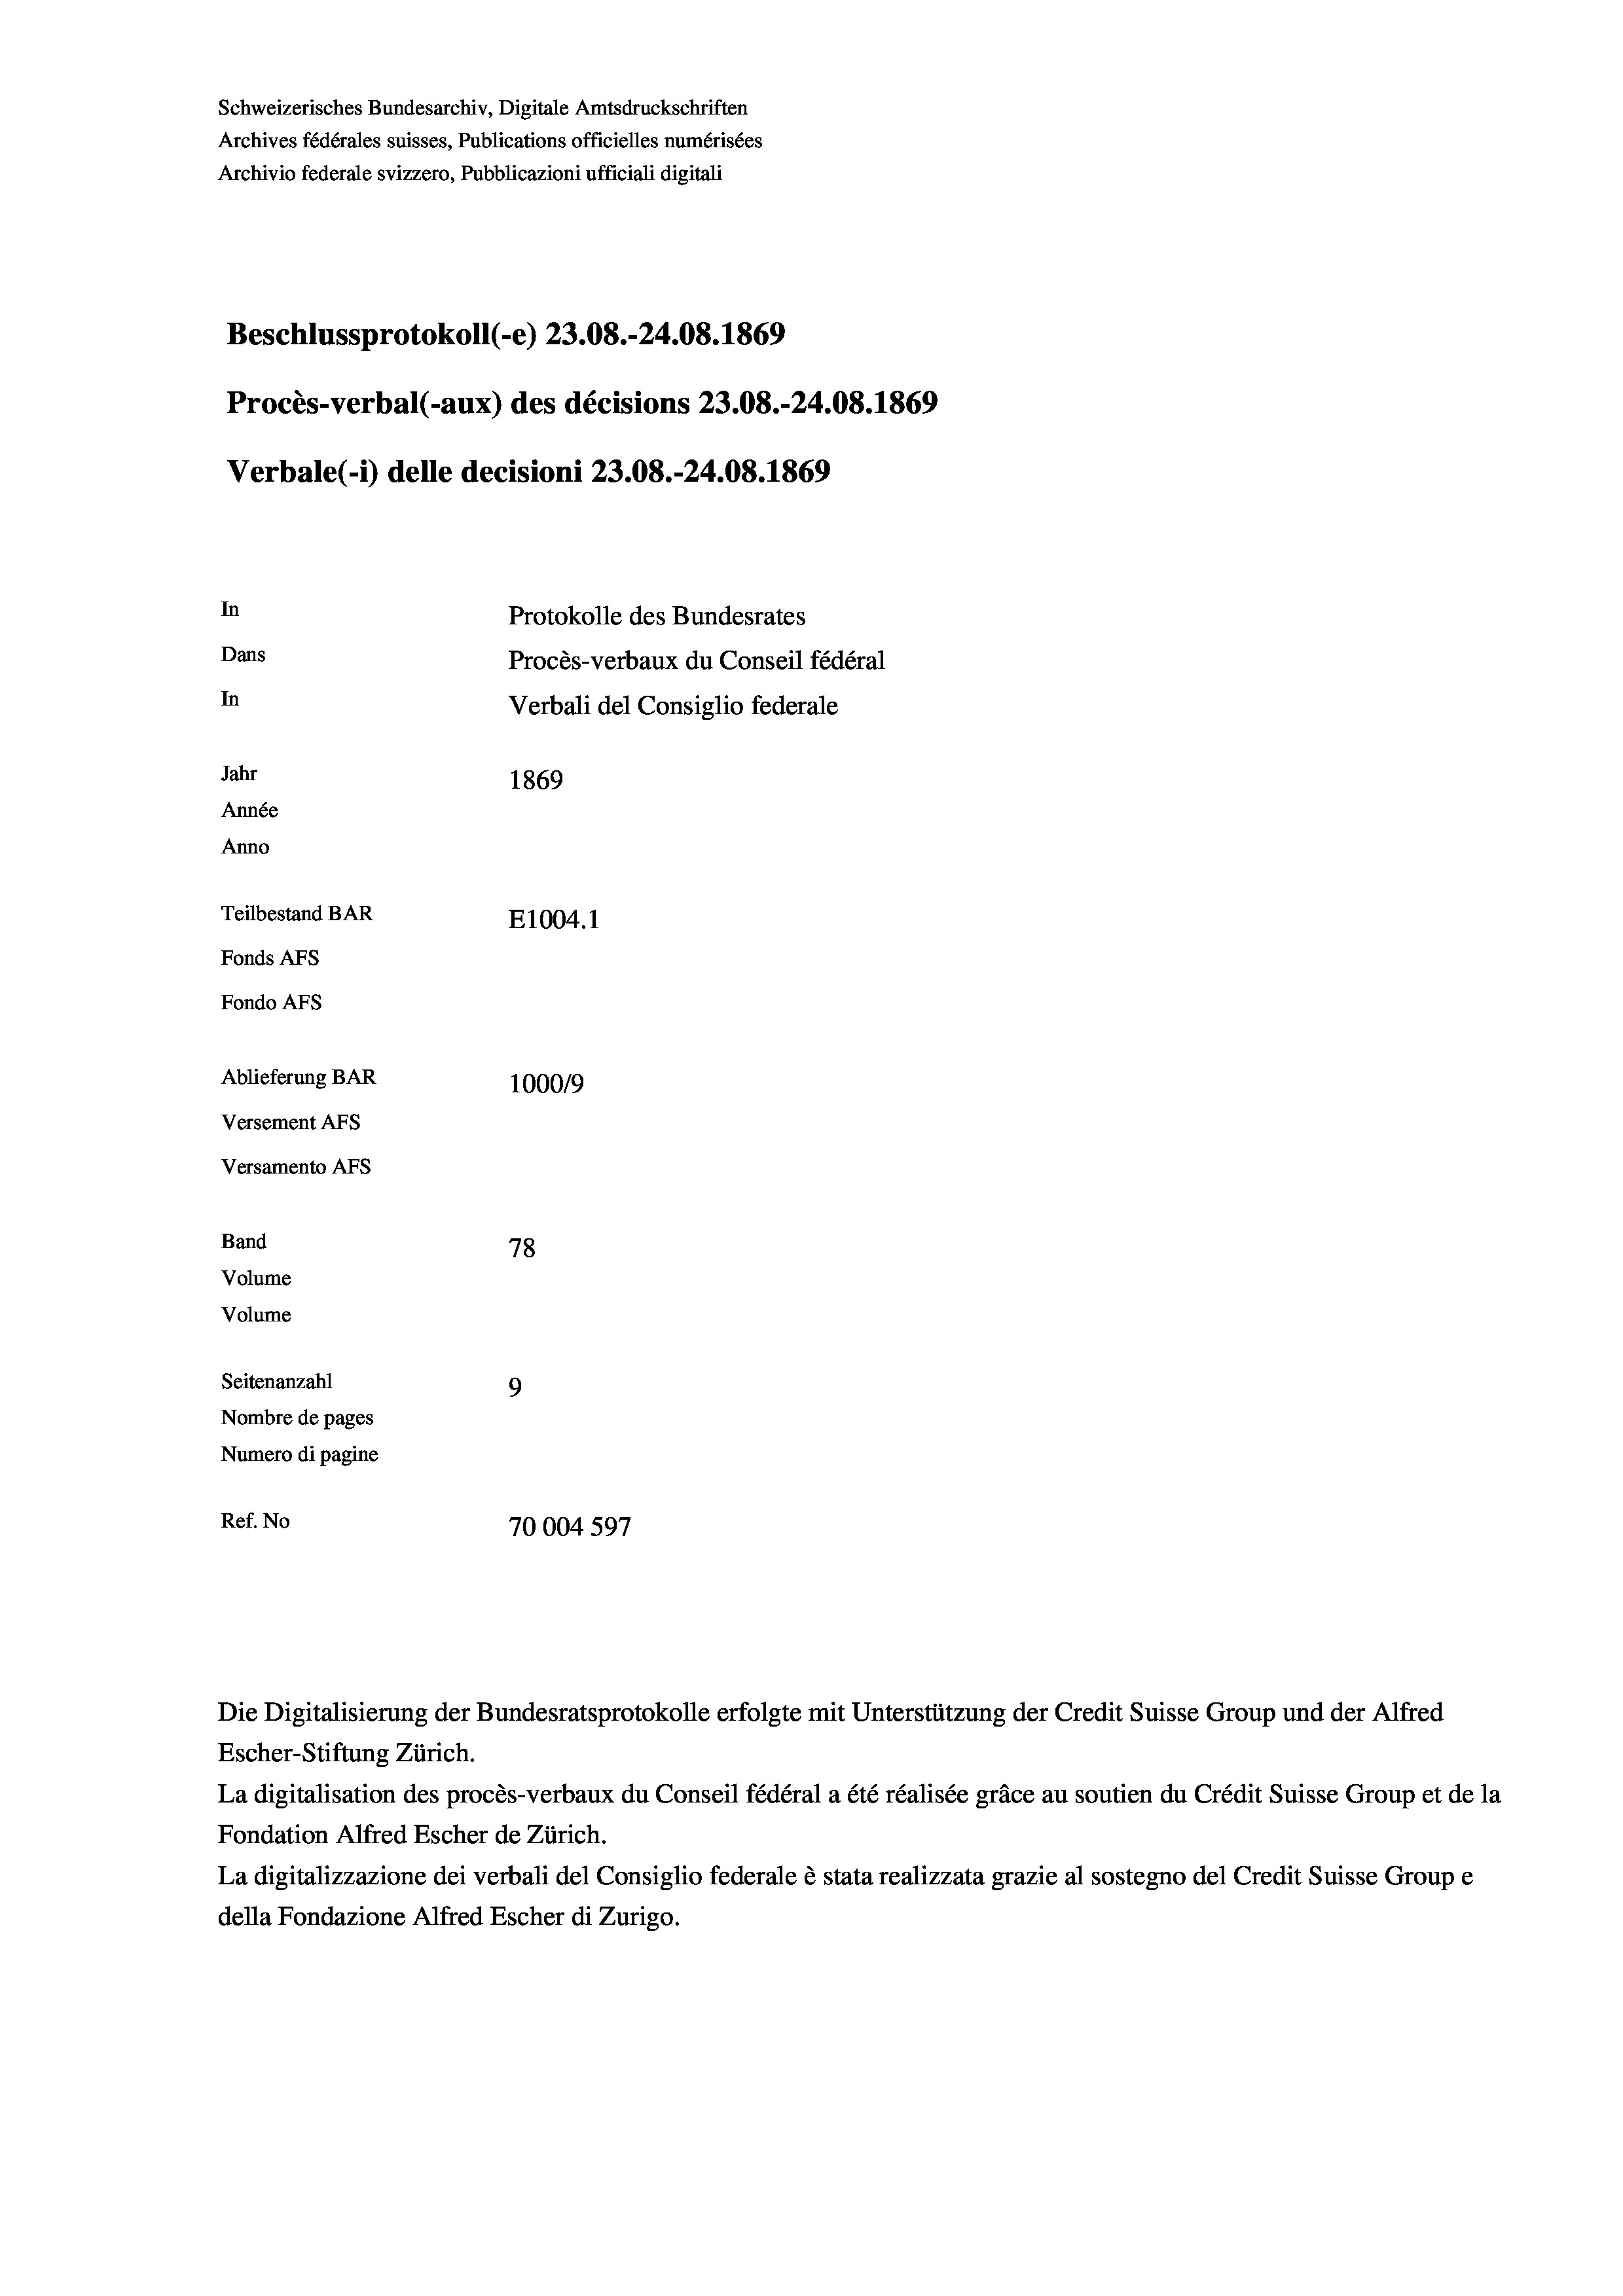
Schweizerisches Bundesarchiv, Digitale Amtsdruckschriften
Archives fédérales suisses, Publications officielles numérisées
Archivio federale svizzero, Pubblicazioni ufficiali digitali
Beschlussprotokoll (-e) 23.08.-24.08. 1869
Procès-verbal (-aux) des décisions 23.08.-24.08. 1869
Verbale(-*) delle decisioni 23.08.-24.08. 1869
In
Protokolle des Bundesrates
Dans
Procès-verbaux du Conseil fédéral
In
Verbali del Consiglio federale
Jahr
1869
Année
Anno
Teilbestand BAR
E1004.1
Fonds AFs
Fondo AFS
Ablieferung BAR
100019
Versement AFs
Versamento AFs

Band
Volume

78
Seitenanzahl
9
Nombre de pages
Numero di pagine
Ref. No
70004 597

Volume

Escher-Stiftung Zürich.
La digitalisation des procès-verbaux du Conseil fédéral a été réalisée gräce au soutien du Crédit Suisse Group et de la
Fondation Alfred Escher de Zürich.
La digitalizzazione dei verbali del Consiglio federale è stata realizzata grazie al sostegno del Credit Suisse Groupe
della Fondazione Alfred Escher di Zurigo.

Die Digitalisierung der Bundesratsprotokolle erfolgte mit Unterstützung der Credit Suisse Group und der Alfred